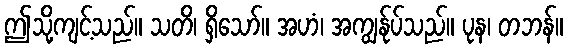
ဤသို့ကျင့်သည်။ သတိ၊ ရှိသော်။ အဟံ၊ အကျွန်ုပ်သည်။ ပုန၊ တဘန်။